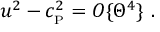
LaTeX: u ^ { 2 } - c _ { _ \mathrm { P } } ^ { 2 } = { \cal O } \{ \Theta ^ { 4 } \} \ .